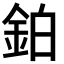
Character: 鉑